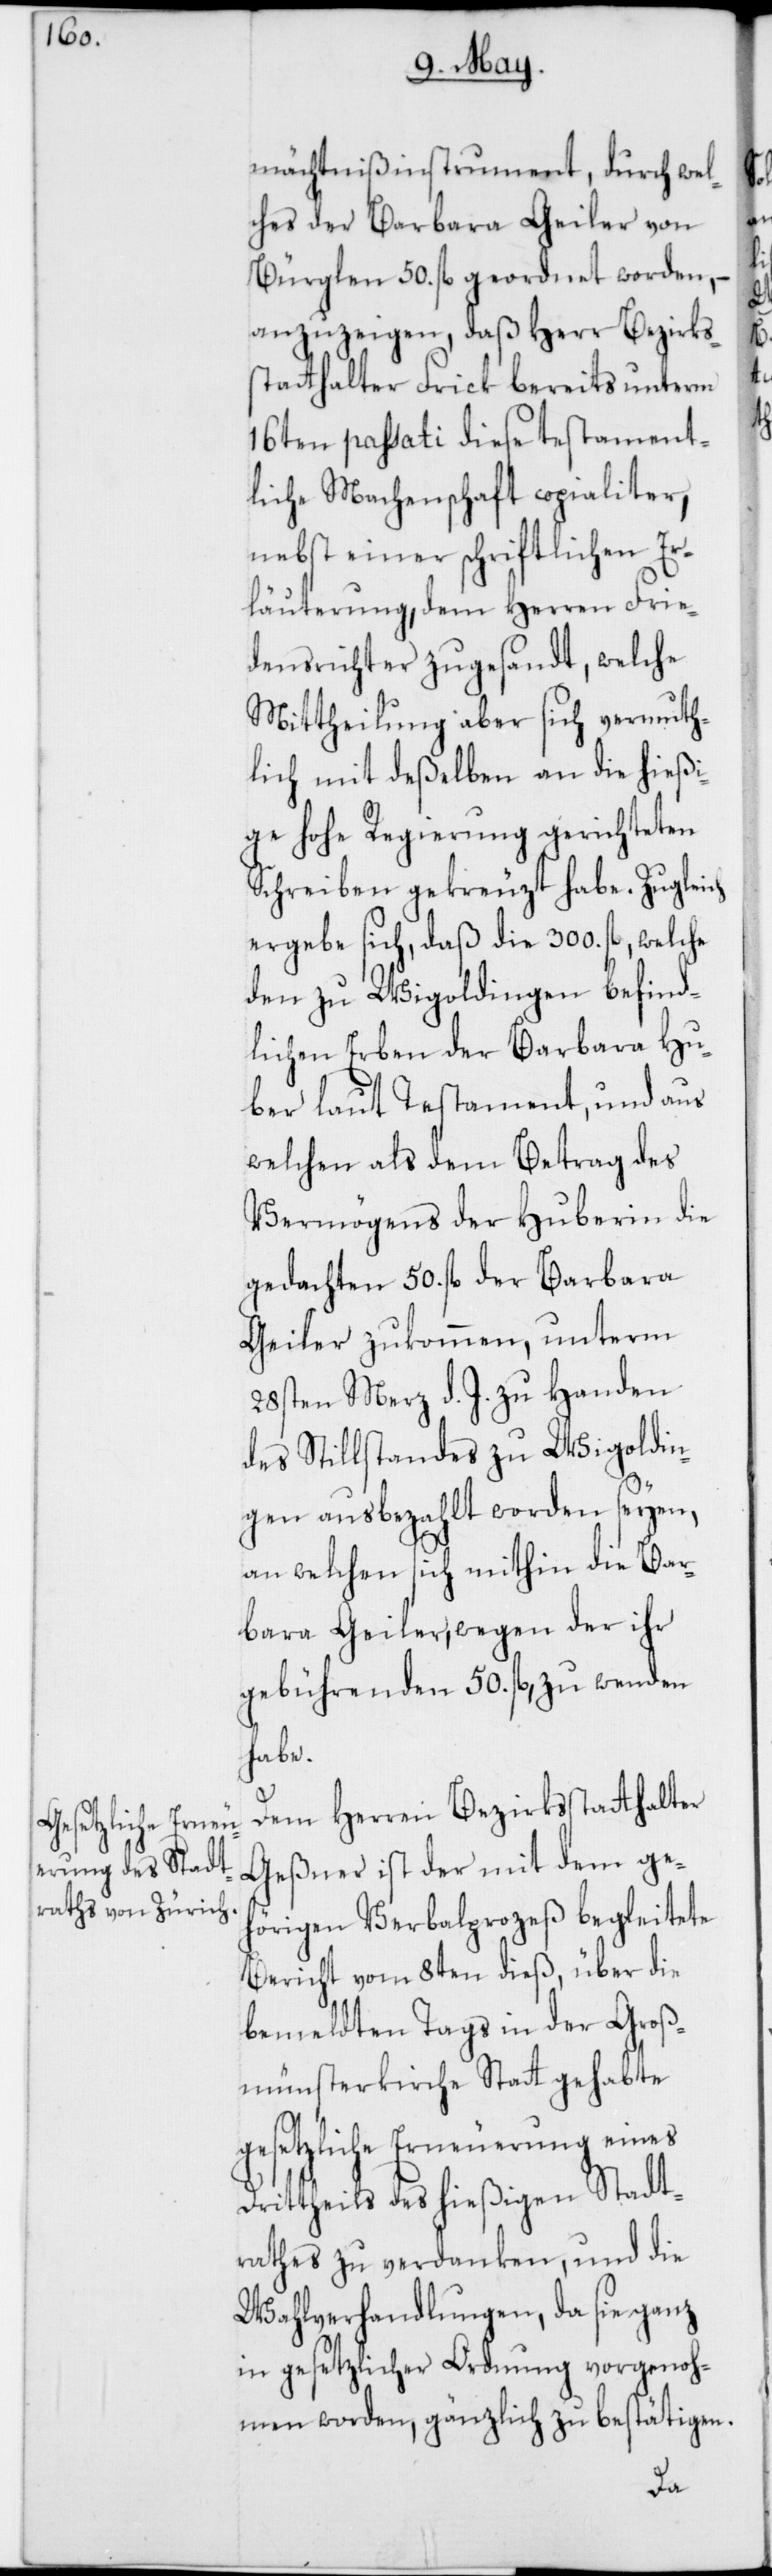
mächtnißinstrument, durch wel¬
ches der Barbara Geiler von
Bürglen 50. fl. geordnet worden, –
anzuzeigen, daß Herr Bezirks¬
statthalter Frick bereits unterm
16ten passati diese testament¬
liche Machenschaft copialiter,
nebst einer schriftlichen Er¬
läuterung, dem Herren Frie¬
densrichter zugesandt, welche
Mittheilung aber sich vermuth¬
lich mit deßelben an die hießi¬
ge hohe Regierung gerichteten
Schreiben gekreuzt habe. Zugleich
ergebe sich, daß die 300. fl., welche
den zu Wigoldingen befind¬
lichen Erben der Barbara Hu¬
ber laut Testament, und aus
welchen als dem Betrag des
Vermögens der Huberin die
gedachten 50. fl. der Barbara
Geiler zukommen, unterm
28sten Merz d. J. zu Handen
des Stillstandes zu Wigoldin¬
gen ausbezahlt worden seyen,
an welchen sich mithin die Bar¬
bara Geiler, wegen der ihr
gebührenden 50 fl., zu wenden
habe.
Dem Herren Bezirksstatthalter
Geßner ist der mit dem ge¬
hörigen Verbalprozeß begleitete
Bericht vom 8ten dieß, über die
bemeldten Tags in der Groß¬
münsterkirche Stat gehabte
gesetzliche Erneuerung eines
Drittheils des hießigen Stadt¬
rathes zu verdanken, und die
Wahlverhandlungen, da sie ganz
in gesetzlicher Ordnung vorgenoh¬
men worden, gänzlich zu bestätigen.